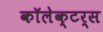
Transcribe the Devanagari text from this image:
कॉलेक्टर्स